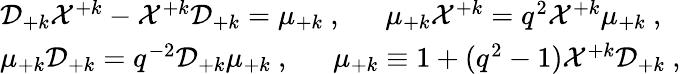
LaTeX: \begin{array}{l}{{{\cal D}_{+k}{\cal X}^{+k}-{\cal X}^{+k}{\cal D}_{+k}=\mu_{+k}~,~~~~~~\mu_{+k}{\cal X}^{+k}=q^{2}{\cal X}^{+k}\mu_{+k}~,}}\\ {{\mu_{+k}{\cal D}_{+k}=q^{-2}{\cal D}_{+k}\mu_{+k}~,~~~~~~\mu_{+k}\equiv 1+(q^{2}-1){\cal X}^{+k}{\cal D}_{+k}~,}}\end{array}